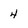
Character: 4